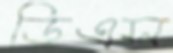
ডিএস